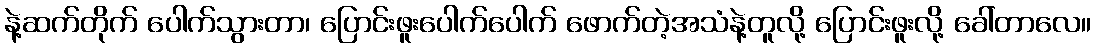
နဲ့ဆက်တိုက် ပေါက်သွားတာ၊ ပြောင်းဖူးပေါက်ပေါက် ဖောက်တဲ့အသံနဲ့တူလို့ ပြောင်းဖူးလို့ ခေါ်တာလေ။